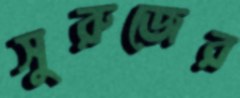
সুরুজের